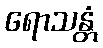
ရောသန္တံ